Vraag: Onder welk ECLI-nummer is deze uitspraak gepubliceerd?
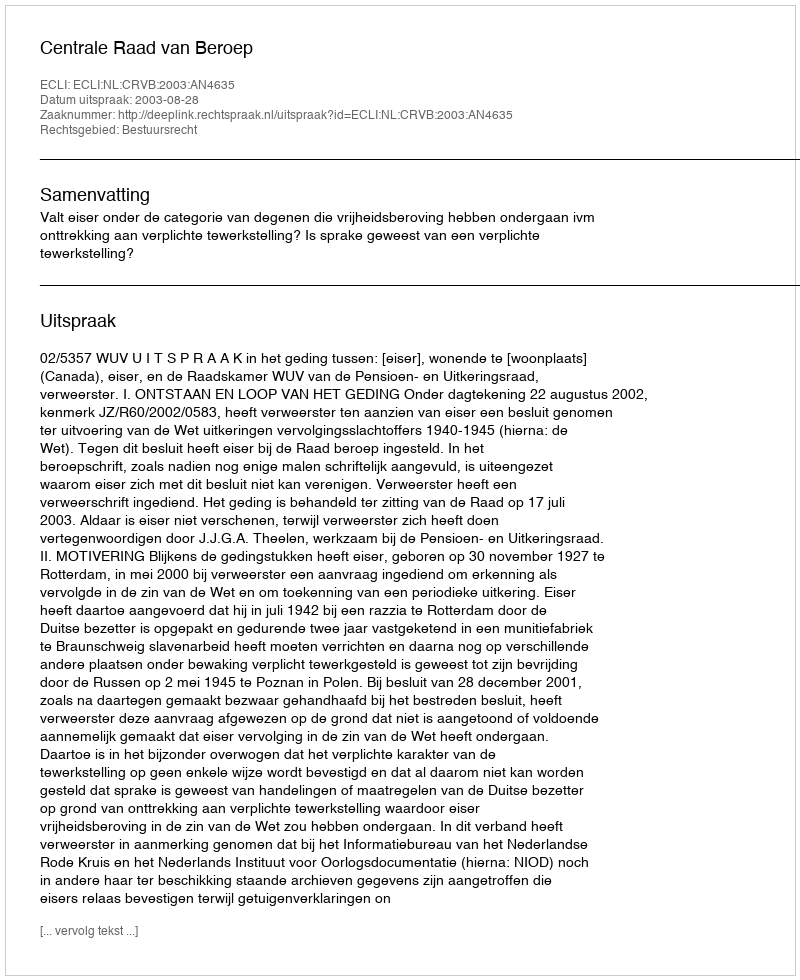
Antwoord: ECLI:NL:CRVB:2003:AN4635